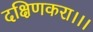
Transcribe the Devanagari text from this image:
दक्षिणकरा।।।